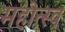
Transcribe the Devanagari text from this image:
महोत्स्व